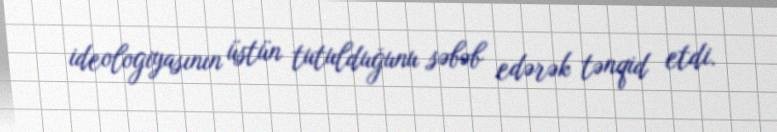
ideologiyasının üstün tutulduğunu səbəb edərək tənqid etdi.